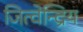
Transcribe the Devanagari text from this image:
जित्वेन्द्रिय